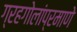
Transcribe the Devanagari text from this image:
ग्रहगोलांप्रमाणे